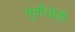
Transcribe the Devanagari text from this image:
मूर्तीचीही